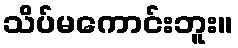
သိပ်မကောင်းဘူး။